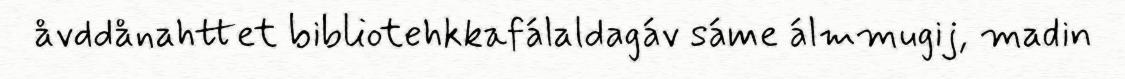
åvddånahttet bibliotehkkafálaldagáv sáme álmmugij, madin